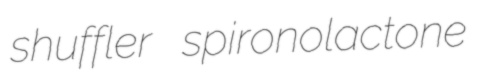
shuffler spironolactone